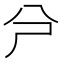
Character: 𠔆